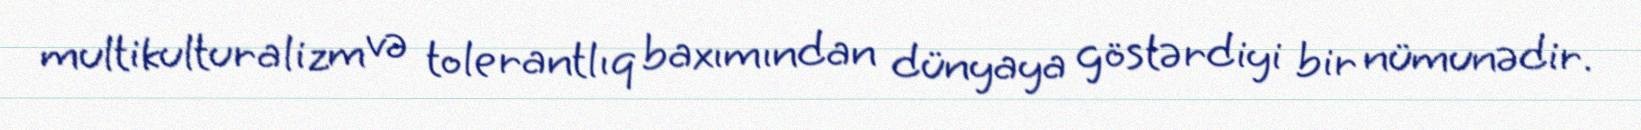
multikulturalizm və tolerantlıq baxımından dünyaya göstərdiyi bir nümunədir.